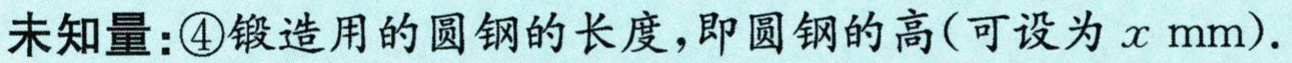
未知量：\textcircled{4}锻造用的圆钢的长度，即圆钢的高(可设为\(x\mathrm{mm}\)).